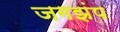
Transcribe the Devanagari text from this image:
जगझंप